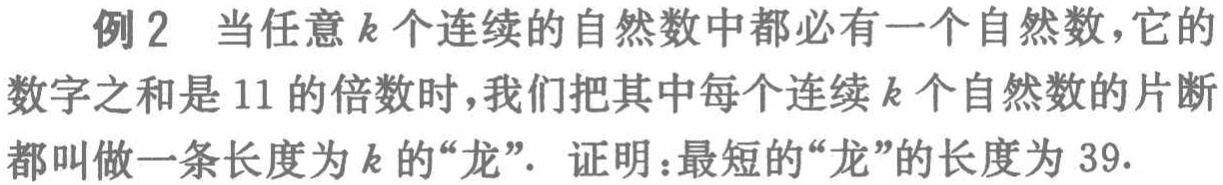
例2 当任意\(k\)个连续的自然数中都必有一个自然数，它的数字之和是\(11\)的倍数时，我们把其中每个连续\(k\)个自然数的片断都叫做一条长度为\(k\)的“龙”．证明：最短的“龙”的长度为\(39\)．